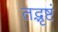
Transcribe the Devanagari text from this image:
तद्भृष्टं